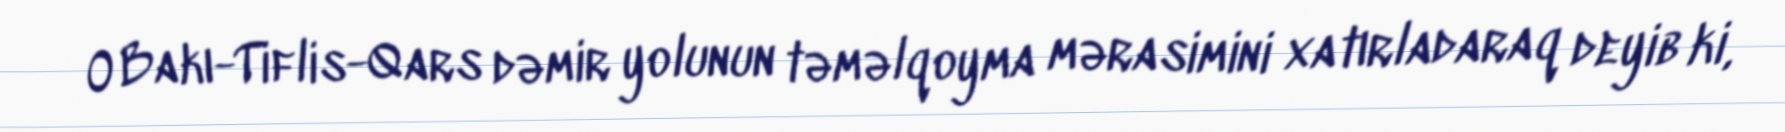
O Bakı-Tiflis-Qars dəmir yolunun təməlqoyma mərasimini xatırladaraq deyib ki,